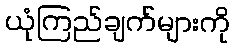
ယုံကြည်ချက်များကို